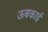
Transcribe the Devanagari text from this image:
ऊबकाई